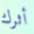
أثرك